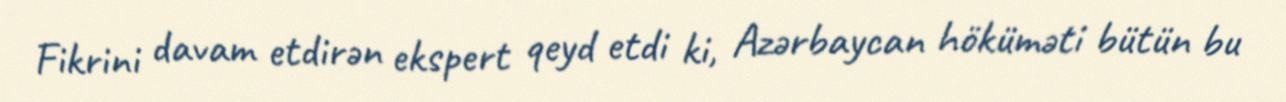
Fikrini davam etdirən ekspert qeyd etdi ki, Azərbaycan höküməti bütün bu